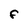
Character: F